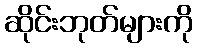
ဆိုင်းဘုတ်များကို